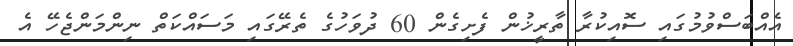
އެއްބަސްވުމުގައި ސޮއިކުރާ ތާރީޚުން ފެށިގެން 60 ދުވަހުގެ ތެރޭގައި މަސައްކަތް ނިންމަންޖެހޭ އެ